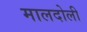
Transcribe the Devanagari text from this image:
मालदोली